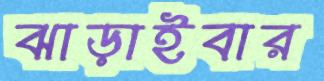
ঝাড়াইবার